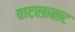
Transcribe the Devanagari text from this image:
वाटरक्राफ़्ट